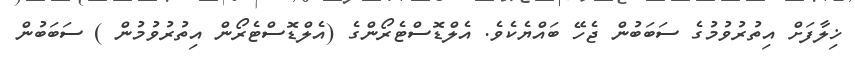
ޚިލާފަށް އިތުރުވުމުގެ ސަބަބުން ޖެހޭ ބައްޔެކެވެ. އެލްޑޮސްޓެރޯންގެ (އެލްޑޮސްޓެރޯން އިތުރުވުމުން ) ސަބަބުން